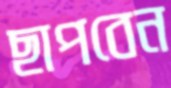
ছাপবেন